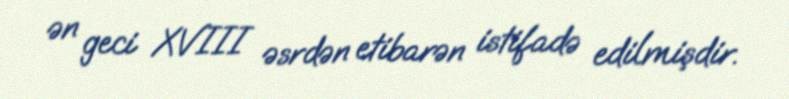
ən geci XVIII əsrdən etibarən istifadə edilmişdir.